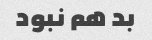
بد هم نبود